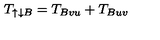
T _ { \uparrow \downarrow B } = T _ { B v u } + T _ { B u v }